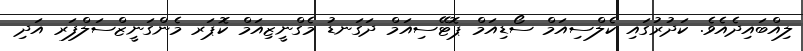
ލިއްބައިދެއެވެ. ކަދުރުގައި ކެލްސިއަމް ސޯޑިއަމް ޕޮޓޭސިއަމް ދަގަނޑު މެގްނީޒިއަމް ކޮޕަރ މެންގަނީޒްސަލްފަރ އަދި